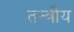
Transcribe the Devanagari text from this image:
तन्त्रीय